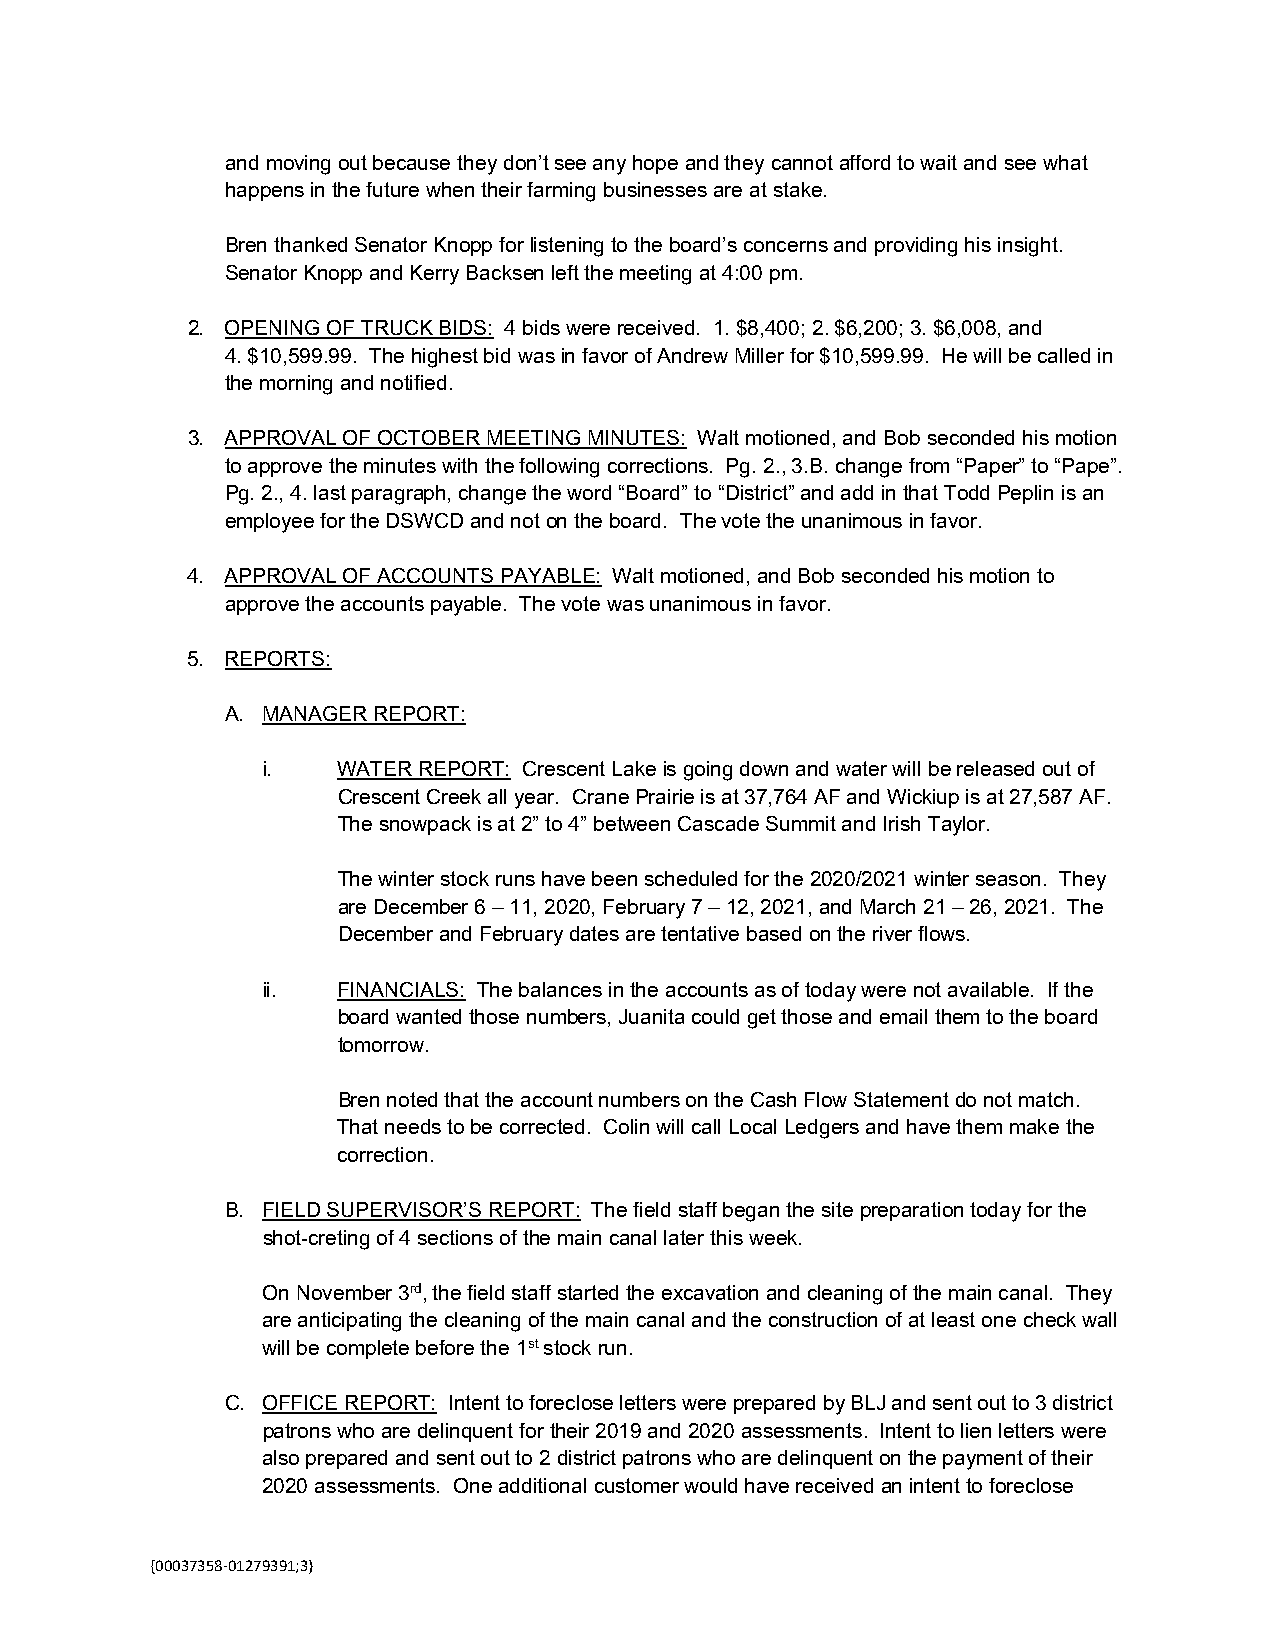
and moving out because they don’t see any hope and they cannot afford to wait and see what
 happens in the future when their farming businesses are at stake.
 Bren thanked Senator Knopp for listening to the board’s concerns and providing his insight.
 Senator Knopp and Kerry Backsen left the meeting at 4:00 pm.
 2. OPENING OF TRUCK BIDS: 4 bids were received. 1. $8,400; 2. $6,200; 3. $6,008, and
 4. $10,599.99. The highest bid was in favor of Andrew Miller for $10,599.99. He will be called in
 the morning and notified.
 3. APPROVAL OF OCTOBER MEETING MINUTES: Walt motioned, and Bob seconded his motion
 to approve the minutes with the following corrections. Pg. 2., 3.B. change from “Paper” to “Pape”.
 Pg. 2., 4. last paragraph, change the word “Board” to “District” and add in that Todd Peplin is an
 employee for the DSWCD and not on the board. The vote the unanimous in favor.
 4. APPROVAL OF ACCOUNTS PAYABLE: Walt motioned, and Bob seconded his motion to
 approve the accounts payable. The vote was unanimous in favor.
 5. REPORTS:
 A. MANAGER REPORT:
 i.   WATER REPORT: Crescent Lake is going down and water will be released out of
 Crescent Creek all year. Crane Prairie is at 37,764 AF and Wickiup is at 27,587 AF.
 The snowpack is at 2” to 4” between Cascade Summit and Irish Taylor.
 The winter stock runs have been scheduled for the 2020/2021 winter season. They
 are December 6 – 11, 2020, February 7 – 12, 2021, and March 21 – 26, 2021. The
 December and February dates are tentative based on the river flows.
 ii.  FINANCIALS: The balances in the accounts as of today were not available. If the
 board wanted those numbers, Juanita could get those and email them to the board
 tomorrow.
 Bren noted that the account numbers on the Cash Flow Statement do not match.
 That needs to be corrected. Colin will call Local Ledgers and have them make the
 correction.
 B. FIELD SUPERVISOR’S REPORT: The field staff began the site preparation today for the
 shot-creting of 4 sections of the main canal later this week.
 On November 3rd, the field staff started the excavation and cleaning of the main canal. They
 are anticipating the cleaning of the main canal and the construction of at least one check wall
 will be complete before the 1st stock run.
 C. OFFICE REPORT: Intent to foreclose letters were prepared by BLJ and sent out to 3 district
 patrons who are delinquent for their 2019 and 2020 assessments. Intent to lien letters were
 also prepared and sent out to 2 district patrons who are delinquent on the payment of their
 2020 assessments. One additional customer would have received an intent to foreclose
 {00037358‐01279391;3}